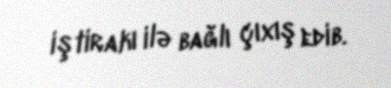
iştirakı ilə bağlı çıxış edib.